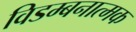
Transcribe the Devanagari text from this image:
विडम्बनात्मक